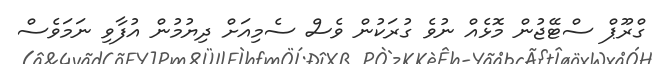
ގްރޫޕް ސްޓޭޖުން މޮޅެއް ނުވެ ގުރަކުން ވެސް ސެމިއަށް ދިޔުމުން އުފާވި ނަމަވެސް